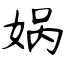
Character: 娲